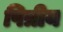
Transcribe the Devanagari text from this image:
पित्रीय